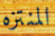
المنتزه